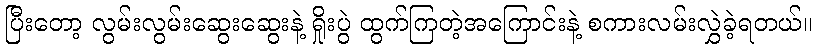
ပြီးတော့ လွမ်းလွမ်းဆွေးဆွေးနဲ့ ရှိုးပွဲ ထွက်ကြတဲ့အကြောင်းနဲ့ စကားလမ်းလွှဲခဲ့ရတယ်။